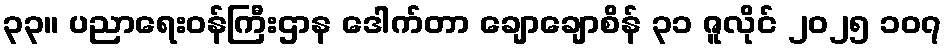
၃၃။ ပညာရေးဝန်ကြီးဌာန ဒေါက်တာ ချောချောစိန် ၃၁ ဇူလိုင် ၂၀၂၅ ၁၀၇